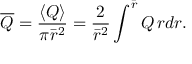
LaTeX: \overline { { Q } } = { \frac { \langle Q \rangle } { \pi \bar { r } ^ { 2 } } } = { \frac { 2 } { \bar { r } ^ { 2 } } } \int ^ { \bar { r } } Q \, r d r .